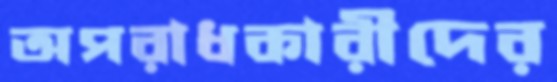
অপরাধকারীদের